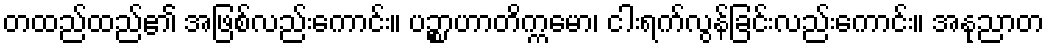
တထည်ထည်၏ အဖြစ်လည်းကောင်း။ ပဉ္စာဟာတိက္ကမော၊ ငါးရက်လွန်ခြင်းလည်းကောင်း။ အနုညာတ